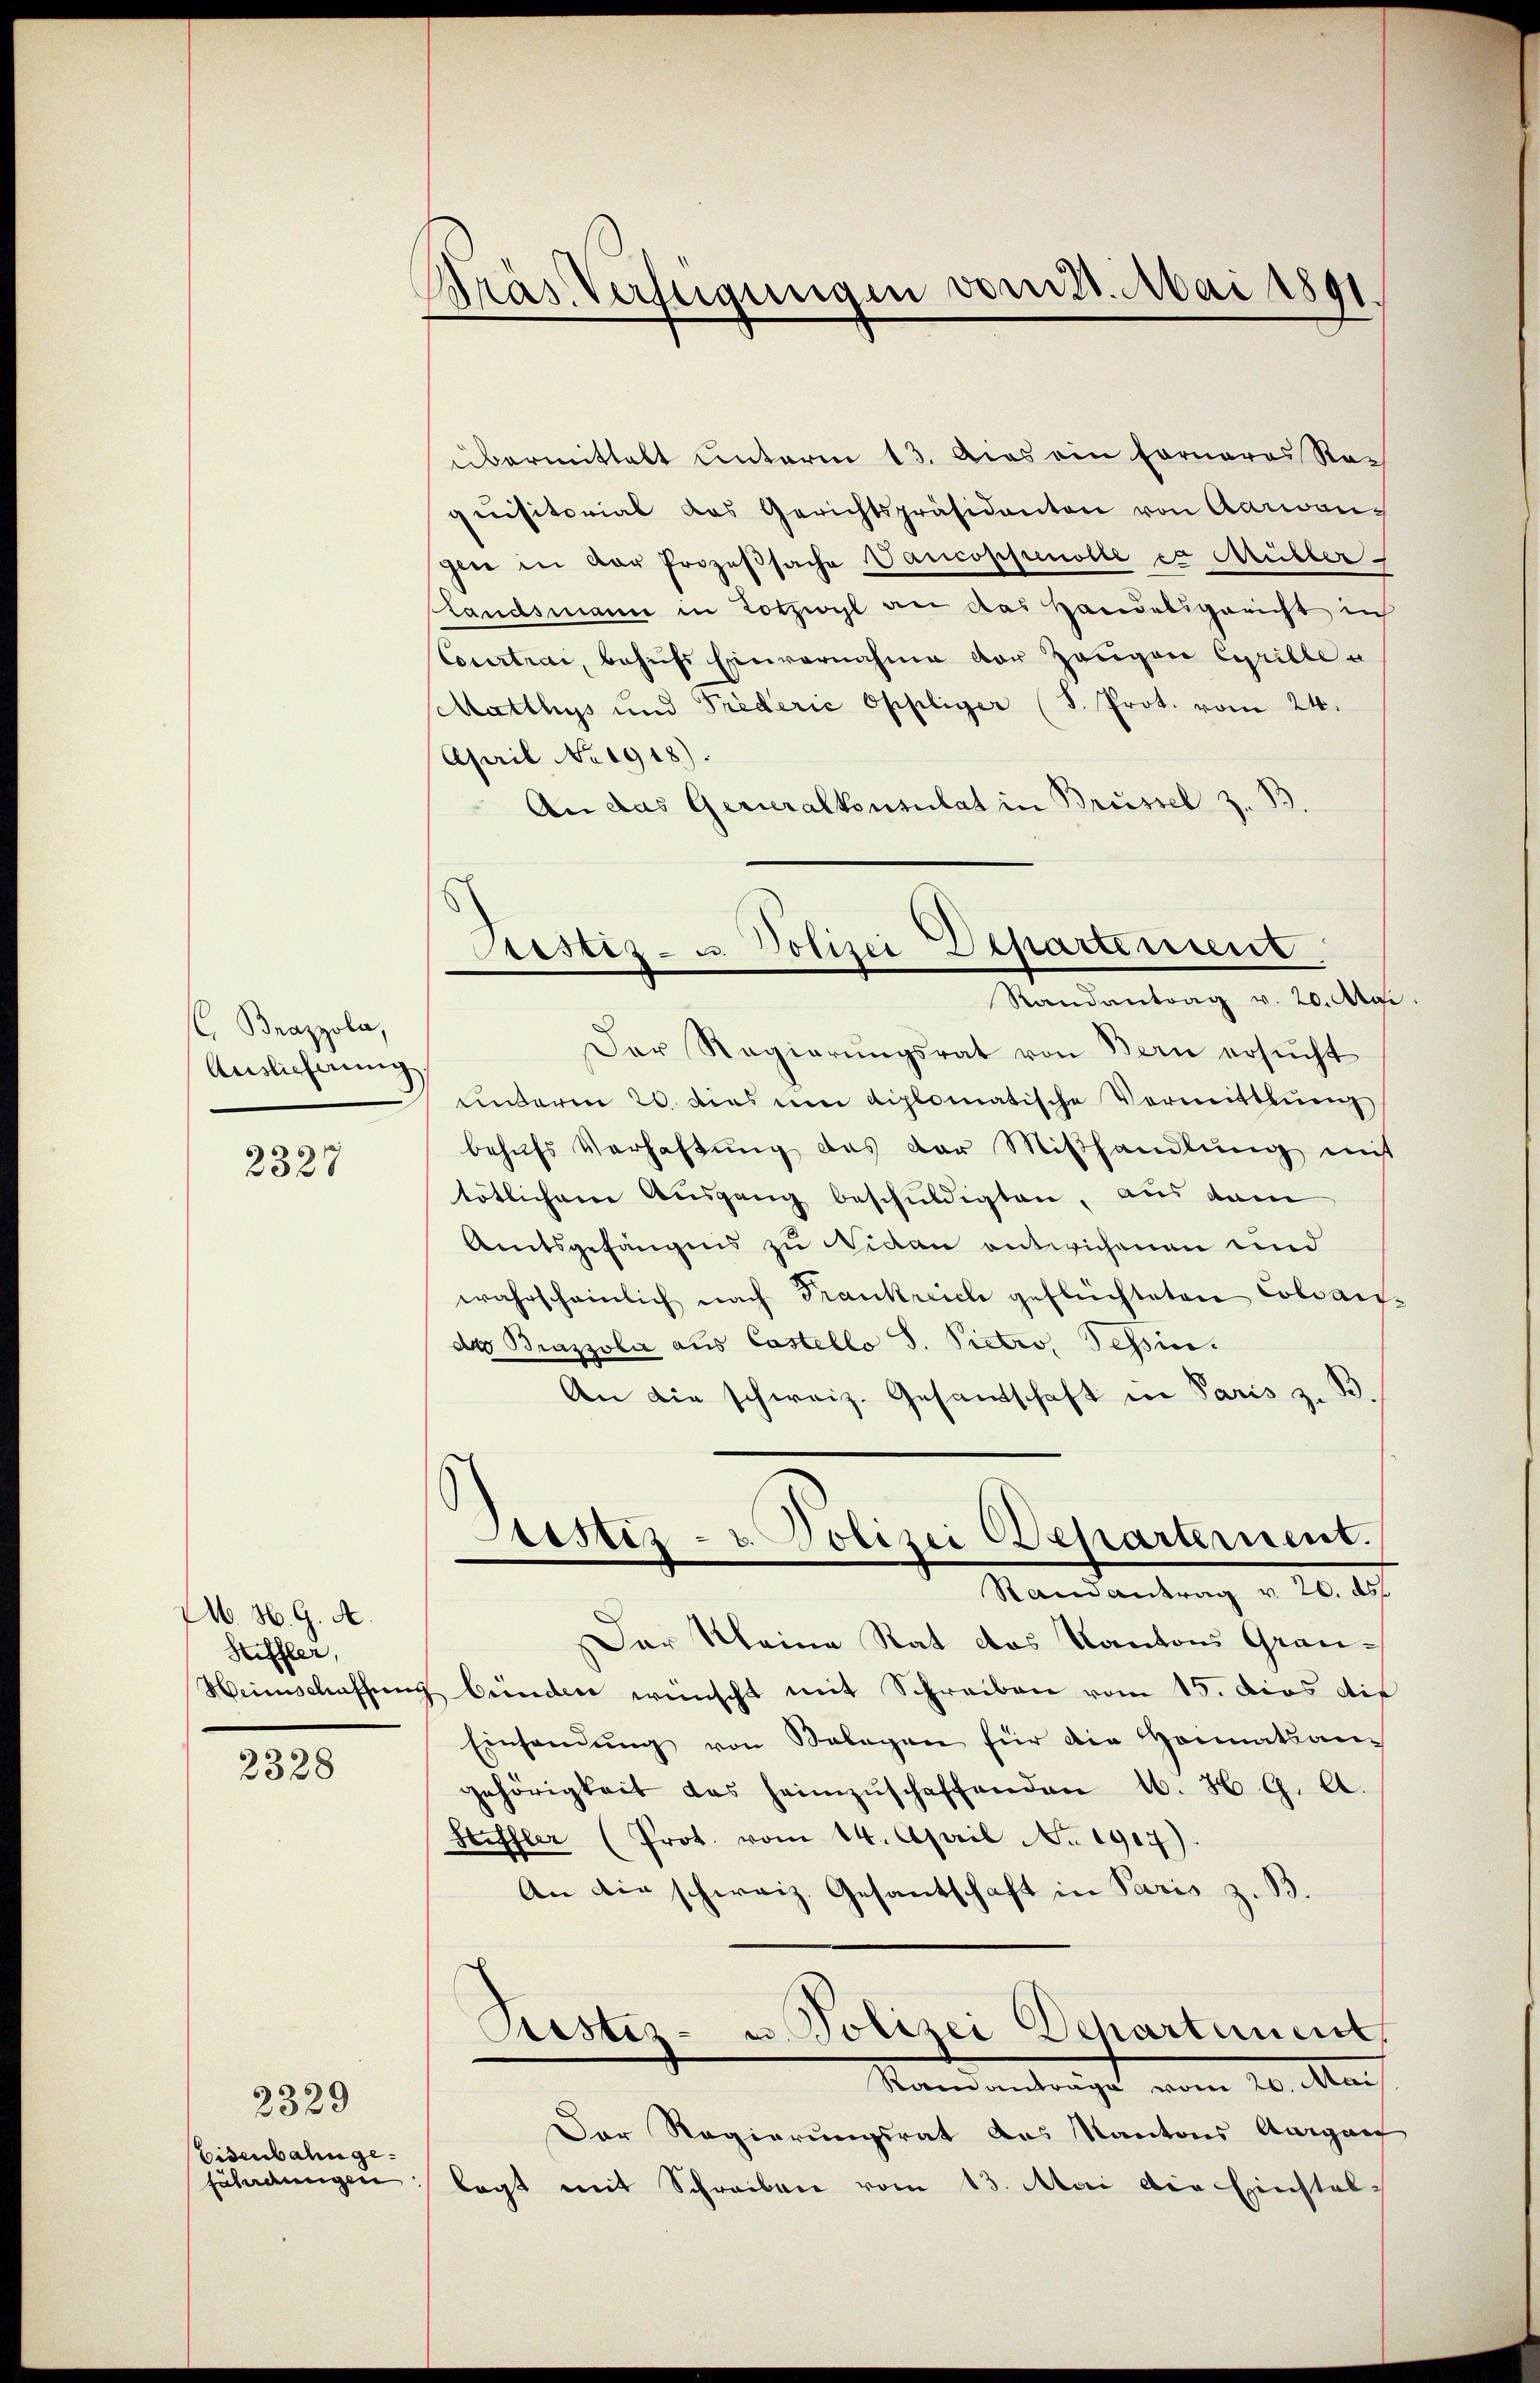
Brazzola,
Auslieferung

2327

M. H. G. A.
Heffler,
Heimschaffens

2328

Eisenbahngefährdungen

2329

Bräs Verfügungen vom 21. Mai 1891.

Custiz- u. Polizei Departement
Randantrag v. 20. Mai

übermittelt unterm 13. Aias ein Forneres Raquisitorial das Gerichtspräsidanten von Aarwangen in der Prozeβsache Vancoppenolle ca Müller
Landsmann in Lotzwyl an das Handelsgericht in
teuertrai, behufs Einvernahme vor Zeugen Cyrille u
Matthys und Triderić Oppliger (S. Prot. vom 24.
April No 1918).
An das Gerieralkonsulat in Brüssel z. B
Der Regierŭngsrat von Bern ersŭcht
unterm 20. dies um diplomatische Vormittlung
behŭfs Verhaftung des der Miβhandlung mit
tötlichen Ausgang beschuldigten, aus dem
Amtsgefängens zu Nidau entwichenen und
wahrscheinlich nach Frankreich geflüchteten Collandeo Brazzola aus Castello S. Pietro, Tessin.
An die schweiz. Gesandtschaft in Paris z. B
tistiz- u. Polizei Departernent.
e
Ramantrag v. 20. ds.
Der Kleine Rat das Kantons Grau¬
 bünden wünscht mit Schreiben vom 15. dies die
Einsamŭng von Belegen für die Heimatsan-
gehörigkeit das heimzŭschaffenden 16. H. G. A.
Hiffler (Prot. vom 14. April No 1907).
An die schweiz. Gesantschaft in Paris z. B.
Austiz- u. Polizei Departement,
Standentrige vom 20. Nach
Der Regierungsrat des Kantons Aargart
lagt mit Schreiben vom 13. Mai die Einstal¬